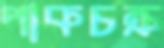
পাকচক্র